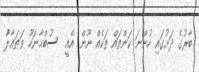
ބާރުގެ ދަށުގައި ހުންނަ ކަންތައް ތަކެއް ނޫން. އެއީ  ސުބްޙާނަހޫ ވަޠަޢާލާު